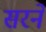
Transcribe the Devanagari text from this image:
सरने